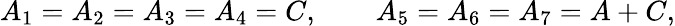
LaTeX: {A_{1}=A_{2}=A_{3}=A_{4}=C,\qquad A_{5}=A_{6}=A_{7}=A+C,}